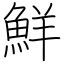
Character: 鮮